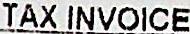
TAX INVOICE